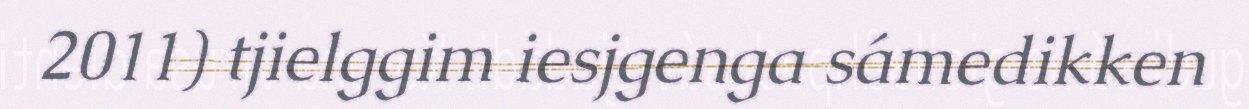
2011) tjielggim iesjgenga sámedikken